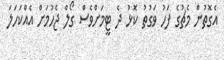
އެގޮތުން މެޗުގެ ފަހު ވަގުތު ކޮޅު ދެ ޓީމަށްވެސް ގޯލް ޖެހުމަށް އެއްކަހަލަ